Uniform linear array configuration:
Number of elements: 64
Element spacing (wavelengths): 0.75
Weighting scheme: hann
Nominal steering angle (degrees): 60
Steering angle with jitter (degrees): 60.684
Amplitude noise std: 0.05
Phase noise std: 0.05

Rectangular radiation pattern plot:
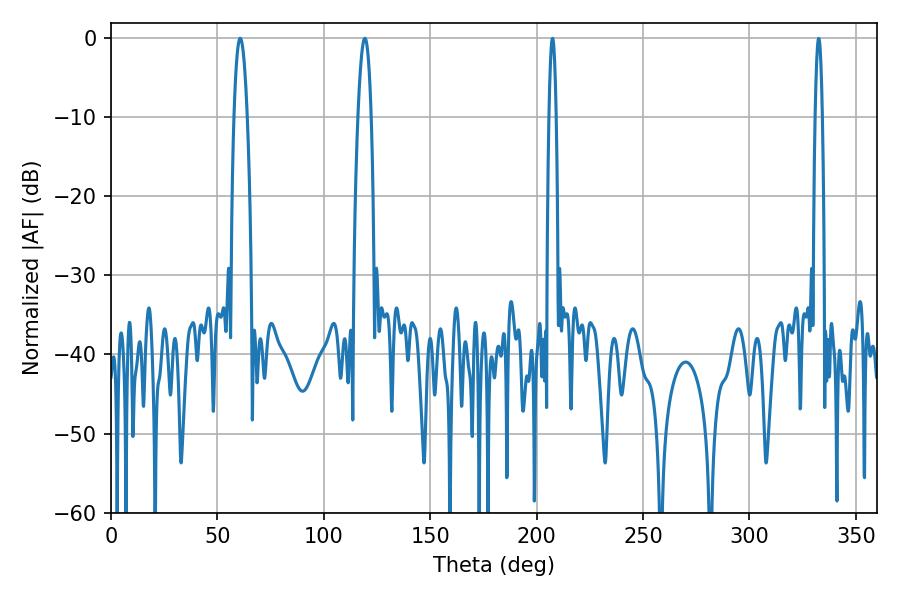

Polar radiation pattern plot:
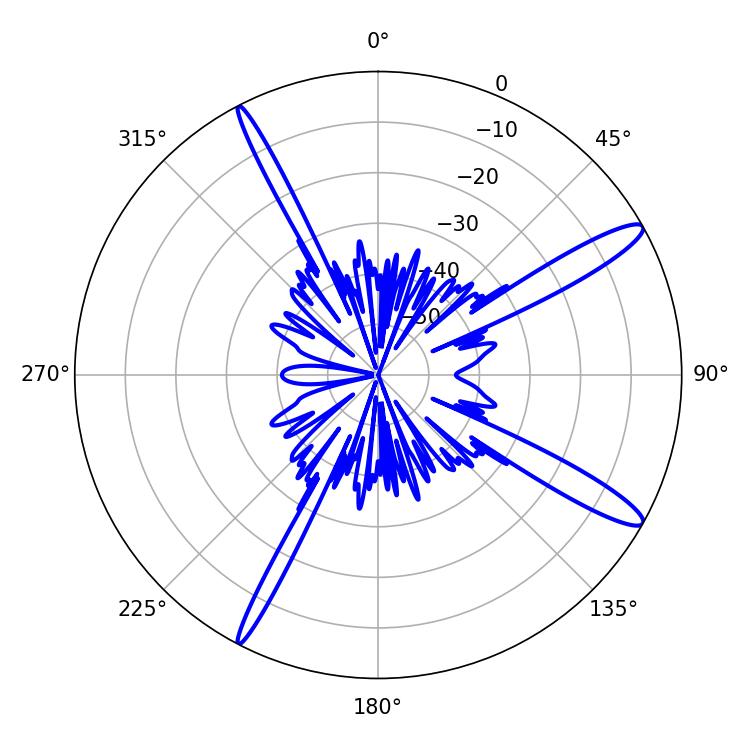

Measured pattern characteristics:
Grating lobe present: TRUE
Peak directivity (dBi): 13.933
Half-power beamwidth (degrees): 3.42
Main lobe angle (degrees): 60.66